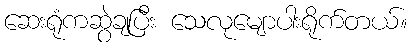
ဆေးရုံကဆွဲချပြီး သေလုမျောပါးရိုက်တယ်။